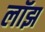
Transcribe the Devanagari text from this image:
लॉझ